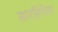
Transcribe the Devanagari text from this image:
सारडिनिया